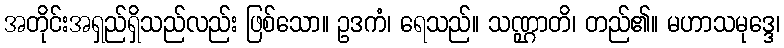
အတိုင်းအရှည်ရှိသည်လည်း ဖြစ်သော။ ဥဒကံ၊ ရေသည်။ သဏ္ဌာတိ၊ တည်၏။ မဟာသမုဒ္ဒေ၊